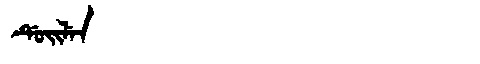
Manchu: ᡩᡠᡳᠯᡝᠨ
Romanization: DUILEN